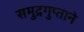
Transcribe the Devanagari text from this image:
समुद्रगुप्ताने